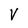
Character: V